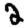
Digit: 2